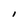
Character: I